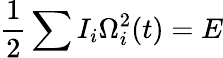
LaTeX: \frac 12\sum I_{i}\Omega_{i}^{2}(t)=E